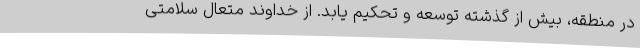
در منطقه، بیش از گذشته توسعه و تحکیم یابد. از خداوند متعال سلامتی